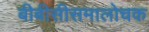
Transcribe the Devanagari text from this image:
बीबीसीसमालोचक